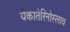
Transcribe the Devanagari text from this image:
येकातेरिनोस्लाव